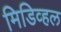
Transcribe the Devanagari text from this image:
मिडिव्हल